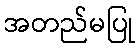
အတည်မပြု